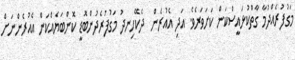
މަގުފުރެއްދުމާ ގާތްކުޅައީސްކަން ކަށަވަރެވެ. އަދި އެއުރެން  ދެކޭހިނދު މަގުފުރެދުންބޮޑީ ކޮންބަޔެއްކަން އެއުރެންނަށް